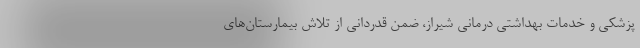
پزشکی و خدمات بهداشتی درمانی شیراز، ضمن قدردانی از تلاش بیمارستان‌های